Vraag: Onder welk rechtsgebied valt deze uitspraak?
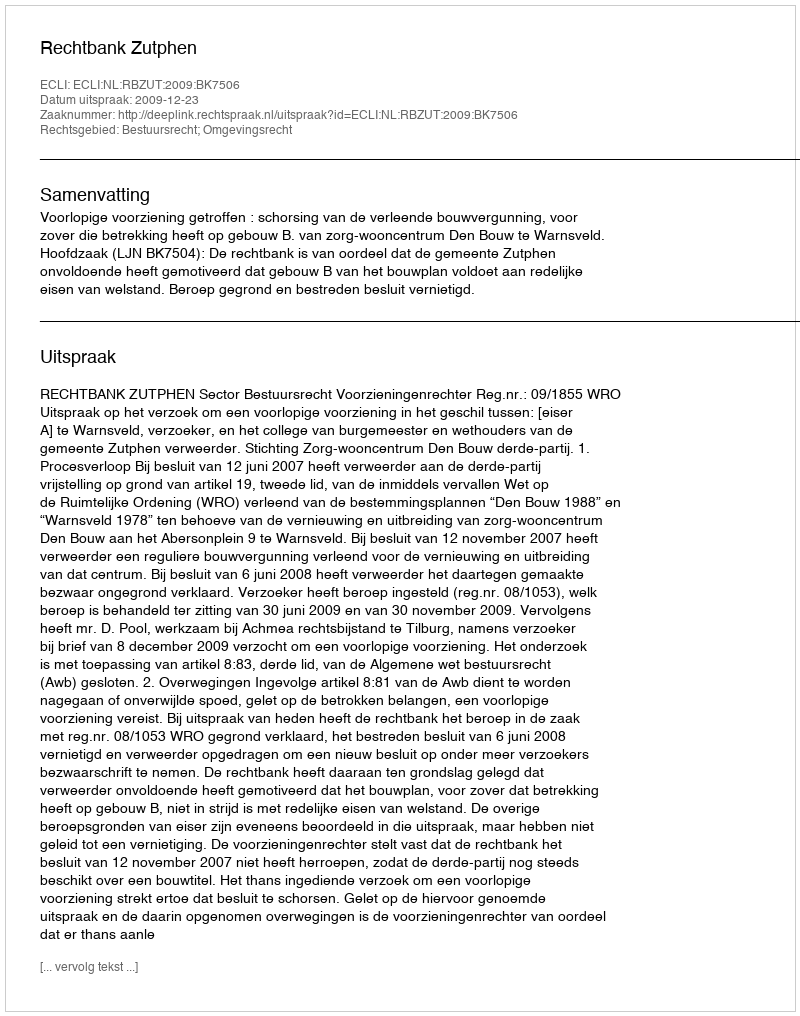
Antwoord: Bestuursrecht; Omgevingsrecht